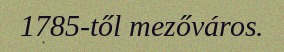
1785-től mezőváros.